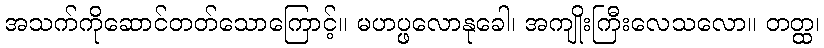
အသက်ကိုဆောင်တတ်သောကြောင့်။ မဟပ္ဖလောနုခေါ၊ အကျိုးကြီးလေသလော။ တတ္ထ၊